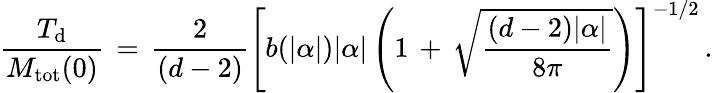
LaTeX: \frac{T_{\mathrm{d}}}{M_{\mathrm{tot}}(0)}\, =\, \frac{2}{(d-2)}\left[b(|\alpha|)|\alpha|\left(1\, +\, \sqrt{\frac{(d-2)|\alpha|}{8\pi}}\right)\right]^{-1/2}\, {.}